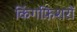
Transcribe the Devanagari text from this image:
किंगफ़िशरों